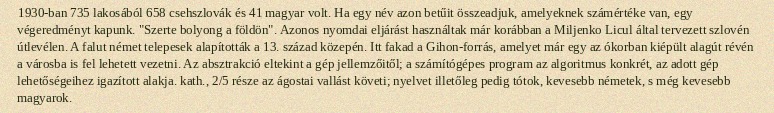
1930-ban 735 lakosából 658 csehszlovák és 41 magyar volt. Ha egy név azon betűit összeadjuk, amelyeknek számértéke van, egy végeredményt kapunk. "Szerte bolyong a földön". Azonos nyomdai eljárást használtak már korábban a Miljenko Licul által tervezett szlovén útlevélen. A falut német telepesek alapították a 13. század közepén. Itt fakad a Gihon-forrás, amelyet már egy az ókorban kiépült alagút révén a városba is fel lehetett vezetni. Az absztrakció eltekint a gép jellemzőitől; a számítógépes program az algoritmus konkrét, az adott gép lehetőségeihez igazított alakja. kath., 2/5 része az ágostai vallást követi; nyelvet illetőleg pedig tótok, kevesebb németek, s még kevesebb magyarok.